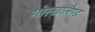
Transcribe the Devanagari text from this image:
गोरखालैण्ड